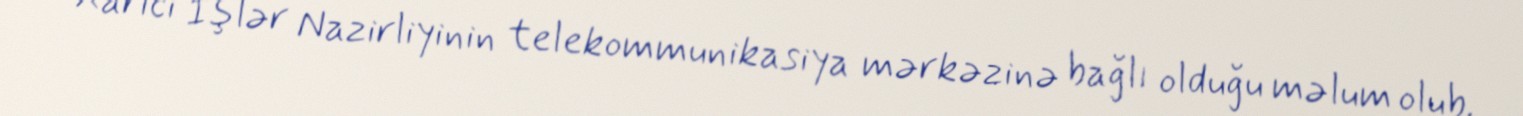
Xarici İşlər Nazirliyinin telekommunikasiya mərkəzinə bağlı olduğu məlum olub.